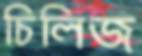
চিলিজ